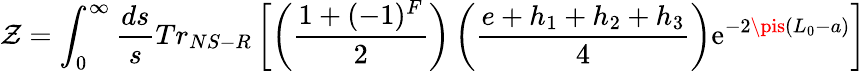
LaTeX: \mathcal{Z}=\int_{0}^{\infty}\frac{{ds}}{{s}}Tr_{NS-R}\left[\left(\frac{{1+(-1)^{F}}}{{2}}\right)\left(\frac{{e+h_{1}+h_{2}+h_{3}}}{{4}}\right)\mathrm{{e}}^{-2\pis(L_{0}-a)}\right]